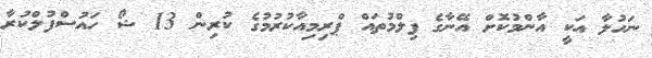
ނަހުލާ އަކީ އާންމުކޮށް އޭނާގެ ފިލްމުތައް ޕްރިމިއާކުރުމުގެ ކުރިން 13 ޝޯ ހައުސްފުލްކުރާ